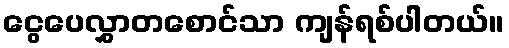
ငွေပေလွှာတစောင်သာ ကျန်ရစ်ပါတယ်။